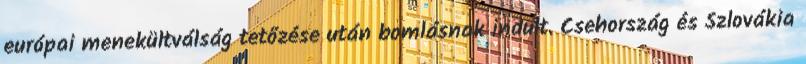
európai menekültválság tetőzése után bomlásnak indult. Csehország és Szlovákia